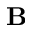
{ \bf B }